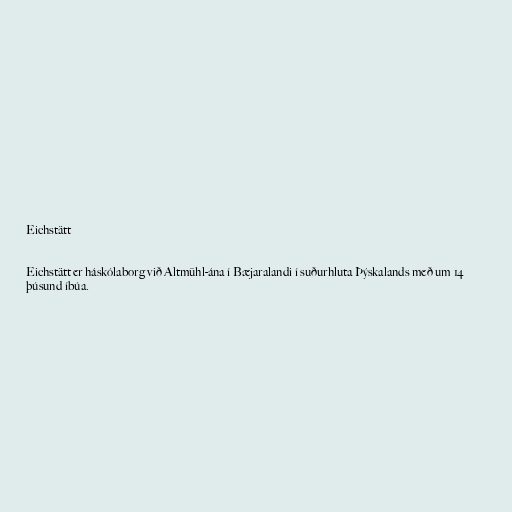
Eichstätt

Eichstätt er háskólaborg við Altmühl-ána í Bæjaralandi í suðurhluta Þýskalands með um 14
þúsund íbúa.